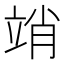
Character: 䇌